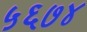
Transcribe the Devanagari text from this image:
५६७४